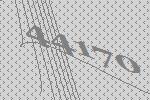
44170